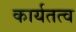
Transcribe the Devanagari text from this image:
कार्यतत्व